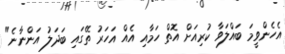
އެހެންވީމަ ބައްލަވާ ކުރިއަށް އޮތް ހަމާއި އެއް އަހަރު ތޭގައި ބަދަލު އަންނާނެ"